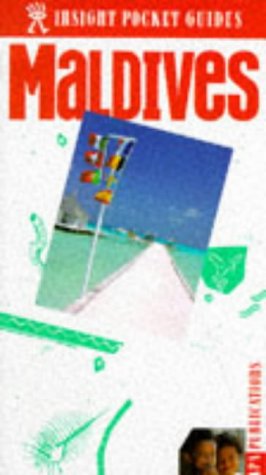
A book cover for Maldives Insight Pocket Guide; Travel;